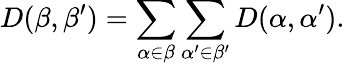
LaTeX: D(\beta,\beta^{\prime})=\sum_{\alpha\in\beta}\sum_{\alpha^{\prime}\in\beta^{\prime}}D(\alpha,\alpha^{\prime}).